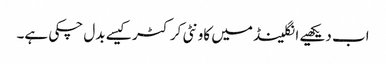
اب دیکھیے انگلینڈ میں کاونٹی کرکٹر کیسے بدل چکی ہے۔